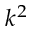
k ^ { 2 }